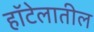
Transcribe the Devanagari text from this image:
हॉटेलातील